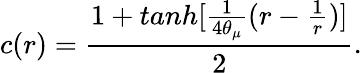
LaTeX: c(r)=\frac{1+tanh[\frac{1}{4\theta_{\mu}}(r-\frac{1}{r})]}{2}.